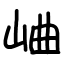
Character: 𪨰